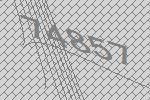
74857